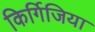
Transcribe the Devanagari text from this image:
किर्गिजिया